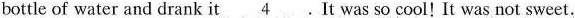
bottle of water and drank it \underline{4}.It was so cool! It was not sweet.